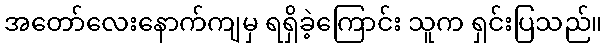
အတော်လေးနောက်ကျမှ ရရှိခဲ့ကြောင်း သူက ရှင်းပြသည်။